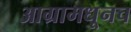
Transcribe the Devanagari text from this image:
आग्रामधूनच